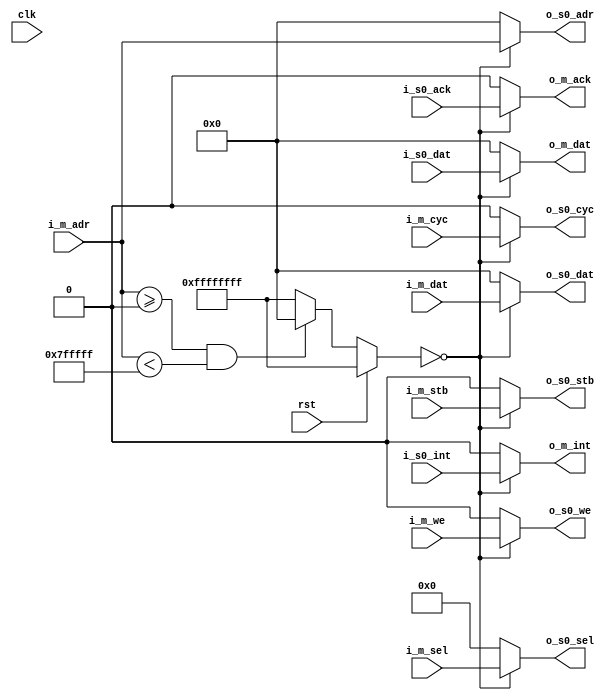
//wishbone_interconnect.v
/*
Distributed under the MIT licesnse.
Copyright (c) 2011 Dave McCoy (dave.mccoy@cospandesign.com)

Permission is hereby granted, free of charge, to any person obtaining a copy of
this software and associated documentation files (the "Software"), to deal in
the Software without restriction, including without limitation the rights to
use, copy, modify, merge, publish, distribute, sublicense, and/or sell copies
of the Software, and to permit persons to whom the Software is furnished to do
so, subject to the following conditions:

The above copyright notice and this permission notice shall be included in all
copies or substantial portions of the Software.

THE SOFTWARE IS PROVIDED "AS IS", WITHOUT WARRANTY OF ANY KIND, EXPRESS OR
IMPLIED, INCLUDING BUT NOT LIMITED TO THE WARRANTIES OF MERCHANTABILITY,
FITNESS FOR A PARTICULAR PURPOSE AND NONINFRINGEMENT. IN NO EVENT SHALL THE
AUTHORS OR COPYRIGHT HOLDERS BE LIABLE FOR ANY CLAIM, DAMAGES OR OTHER
LIABILITY, WHETHER IN AN ACTION OF CONTRACT, TORT OR OTHERWISE, ARISING FROM,
OUT OF OR IN CONNECTION WITH THE SOFTWARE OR THE USE OR OTHER DEALINGS IN THE
SOFTWARE.
*/


/*
Log:
5/18/2013: Implemented new naming Scheme
*/

module wishbone_mem_interconnect (
  //Control Signals
  input               clk,
  input               rst,

  //Master Signals
  input               i_m_we,
  input               i_m_stb,
  input               i_m_cyc,
  input       [3:0]   i_m_sel,
  input       [31:0]  i_m_adr,
  input       [31:0]  i_m_dat,
  output reg  [31:0]  o_m_dat,
  output reg          o_m_ack,
  output reg          o_m_int,

  //Slave 0
  output              o_s0_we,
  output              o_s0_cyc,
  output              o_s0_stb,
  output    [3:0]     o_s0_sel,
  input               i_s0_ack,
  output    [31:0]    o_s0_dat,
  input     [31:0]    i_s0_dat,
  output    [31:0]    o_s0_adr,
  input               i_s0_int

);


parameter MEM_SEL_0 = 0;
parameter MEM_OFFSET_0  =  0;
parameter MEM_SIZE_0  =  8388607;


reg [31:0] mem_select;

always @(rst or i_m_adr or mem_select) begin
  if (rst) begin
    //nothing selected
    mem_select <= 32'hFFFFFFFF;
  end
  else begin
    if ((i_m_adr >= MEM_OFFSET_0) && (i_m_adr < (MEM_OFFSET_0 + MEM_SIZE_0))) begin
      mem_select <= MEM_SEL_0;
    end
    else begin
      mem_select <= 32'hFFFFFFFF;
    end
  end
end


//data in from slave
always @ (mem_select or i_s0_dat) begin
  case (mem_select)
    MEM_SEL_0: begin
      o_m_dat <= i_s0_dat;
    end
    default: begin
      o_m_dat <= 32'h0000;
    end
  endcase
end



//ack in from mem slave
always @ (mem_select or i_s0_ack) begin
  case (mem_select)
    MEM_SEL_0: begin
      o_m_ack <= i_s0_ack;
    end
    default: begin
      o_m_ack <= 1'h0;
    end
  endcase
end



//int in from slave
always @ (mem_select or i_s0_int) begin
  case (mem_select)
    MEM_SEL_0: begin
      o_m_int <= i_s0_int;
    end
    default: begin
      o_m_int <= 1'h0;
    end
  endcase
end



assign o_s0_we   =  (mem_select == MEM_SEL_0) ? i_m_we: 1'b0;
assign o_s0_stb  =  (mem_select == MEM_SEL_0) ? i_m_stb: 1'b0;
assign o_s0_sel  =  (mem_select == MEM_SEL_0) ? i_m_sel: 4'b0;
assign o_s0_cyc  =  (mem_select == MEM_SEL_0) ? i_m_cyc: 1'b0;
assign o_s0_adr  =  (mem_select == MEM_SEL_0) ? i_m_adr: 32'h0;
assign o_s0_dat  =  (mem_select == MEM_SEL_0) ? i_m_dat: 32'h0;



endmodule